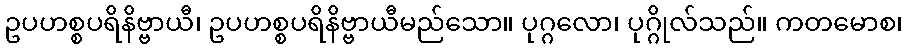
ဥပဟစ္စပရိနိဗ္ဗာယီ၊ ဥပဟစ္စပရိနိဗ္ဗာယီမည်သော။ ပုဂ္ဂလော၊ ပုဂ္ဂိုလ်သည်။ ကတမောစ၊